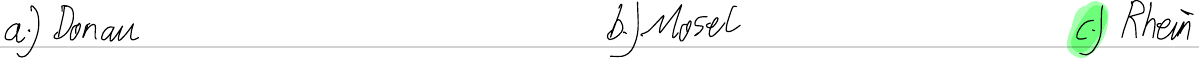
a.) Donau     b.) Mosel    c.) Rhein